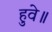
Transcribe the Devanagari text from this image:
हुवे॥